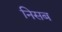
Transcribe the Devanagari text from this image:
निसब